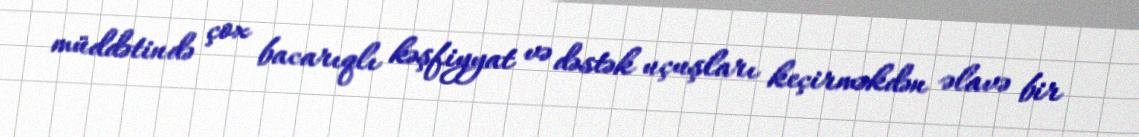
müddətində çox bacarıqlı kəşfiyyat və dəstək uçuşları keçirməkdən əlavə bir